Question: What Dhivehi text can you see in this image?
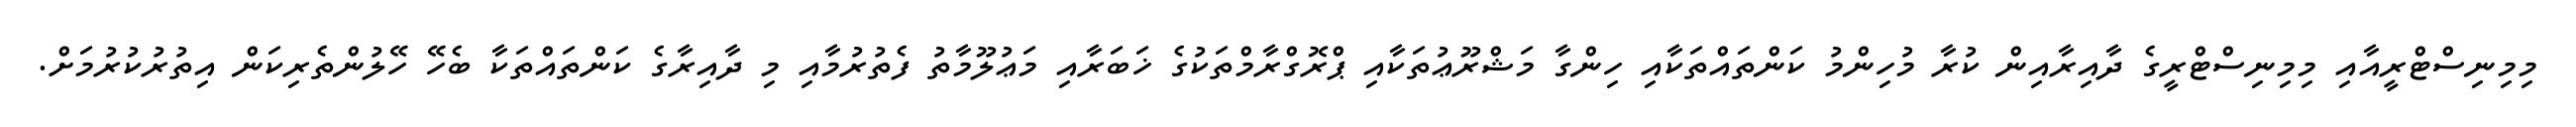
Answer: މިމިނިސްޓްރީއާއި މިމިނިސްޓްރީގެ ދާއިރާއިން ކުރާ މުހިންމު ކަންތައްތަކާއި ހިންގާ މަޝްރޫޢުތަކާއި ޕްރޮގްރާމްތަކުގެ ޚަބަރާއި މަޢުލޫމާތު ފެތުރުމާއި މި ދާއިރާގެ ކަންތައްތަކާ ބެހޭ ހޭލުންތެރިކަން އިތުރުކުރުމަށް.